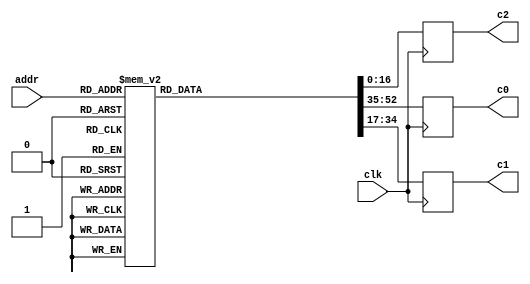

module gng_coef (
    // System signals
    input clk,                    // system clock

    // Data interface
    input [7:0] addr,             // read address
    output reg [17:0] c0,         // coefficient c0, u<18,14>
    output reg [17:0] c1,         // coefficient c1, s<18,19>
    output reg [16:0] c2          // coefficient c2, u<17,23>
);

// Local variables
reg [52:0] d;    // {c0, c1, c2}


// Table
always @ (*) begin
    case (addr)
        8'd0  : d = 53'b000010101100101001_100110111110001110_10100011110000000;
        8'd1  : d = 53'b000001111101000111_101001011111011001_01011111011110011;
        8'd2  : d = 53'b000001010001100100_101010111101101110_00110010101000000;
        8'd3  : d = 53'b000000101000010001_101011101111111001_00001111111010011;
        8'd4  : d = 53'b000100100110011110_101100101100100010_10101101110011100;
        8'd5  : d = 53'b000100000010100011_101111010111110111_01110101000001100;
        8'd6  : d = 53'b000011100011000111_110001001011101011_01010011011010011;
        8'd7  : d = 53'b000011000110110001_110010011110011100_00111101101011001;
        8'd8  : d = 53'b000110001000101110_101111110110101010_10100011001000110;
        8'd9  : d = 53'b000101101010111101_110010010111100001_01101111010111011;
        8'd10 : d = 53'b000101010001011010_110100000101110001_01010000111111000;
        8'd11 : d = 53'b000100111010110110_110101010110001001_00111101100100011;
        8'd12 : d = 53'b000111011100110110_110001111001100101_10010111001100011;
        8'd13 : d = 53'b000111000010111111_110100001110101001_01100111010010101;
        8'd14 : d = 53'b000110101101000010_110101110100111010_01001011010000101;
        8'd15 : d = 53'b000110011001110111_110110111111100110_00111001011001010;
        8'd16 : d = 53'b001000100111011000_110011010110100101_10001100100110110;
        8'd17 : d = 53'b001000010000010000_110101100001001100_01011111111010010;
        8'd18 : d = 53'b000111111100110010_110111000000001000_01000101110011111;
        8'd19 : d = 53'b000111101011110111_111000000101011011_00110101001101001;
        8'd20 : d = 53'b001001101010111000_110100011100101111_10000011100100011;
        8'd21 : d = 53'b001001010101110100_110110011110011100_01011001100101001;
        8'd22 : d = 53'b001001000100001010_110111110111000110_01000001000110100;
        8'd23 : d = 53'b001000110100111000_111000110111101101_00110001100011100;
        8'd24 : d = 53'b001010101000111110_110101010011111110_01111011110111110;
        8'd25 : d = 53'b001010010101100000_110111001110000100_01010100001100011;
        8'd26 : d = 53'b001010000101010000_111000100001011001_00111101000110010;
        8'd27 : d = 53'b001001110111001111_111001011110000001_00101110011100100;
        8'd28 : d = 53'b001011100010101101_110110000000110101_01110101010001000;
        8'd29 : d = 53'b001011010000100011_110111110100011001_01001111100101010;
        8'd30 : d = 53'b001011000001011011_111001000011001010_00111001101011010;
        8'd31 : d = 53'b001010110100011010_111001111100011001_00101011110010110;
        8'd32 : d = 53'b001100011000111001_110110100110001001_01101111100010101;
        8'd33 : d = 53'b001100000111110011_111000010100000101_01001011100110010;
        8'd34 : d = 53'b001011111001100110_111001011110111001_00110110101110100;
        8'd35 : d = 53'b001011101101011011_111010010101001100_00101001100000110;
        8'd36 : d = 53'b001101001100000100_110111000101110100_01101010100010001;
        8'd37 : d = 53'b001100111011111001_111000101110110010_01001000000111110;
        8'd38 : d = 53'b001100101110011110_111001110110001010_00110100001010001;
        8'd39 : d = 53'b001100100010111110_111010101001111011_00100111100001111;
        8'd40 : d = 53'b001101111100101100_110111100001000101_01100110000110111;
        8'd41 : d = 53'b001101101101010011_111001000101101101_01000101000011110;
        8'd42 : d = 53'b001101100000100011_111010001010000011_00110001111001101;
        8'd43 : d = 53'b001101010101101000_111010111011100011_00100101110010101;
        8'd44 : d = 53'b001110101011000101_110111111000111001_01100010001010110;
        8'd45 : d = 53'b001110011100011000_111001011001101000_01000010010101101;
        8'd46 : d = 53'b001110010000001101_111010011011010001_00101111111001101;
        8'd47 : d = 53'b001110000101110011_111011001010110011_00100100010000001;
        8'd48 : d = 53'b001111010111100001_111000001101111010_01011110101000100;
        8'd49 : d = 53'b001111001001011011_111001101011001001_00111111111001110;
        8'd50 : d = 53'b001110111101110000_111010101010011000_00101110000111001;
        8'd51 : d = 53'b001110110011110011_111011011000001000_00100010111000010;
        8'd52 : d = 53'b010000000010001111_111000100000100111_01011011011100010;
        8'd53 : d = 53'b001111110100101011_111001111010101101_00111101101101001;
        8'd54 : d = 53'b001111101001011101_111010110111110001_00101100100000001;
        8'd55 : d = 53'b001111011111111001_111011100011111010_00100001101001010;
        8'd56 : d = 53'b010000101011011010_111000110001011010_01011000100010101;
        8'd57 : d = 53'b010000011110010100_111010001000101001_00111011101101101;
        8'd58 : d = 53'b010000010011100000_111011000011101110_00101011000010110;
        8'd59 : d = 53'b010000001010010010_111011101110011011_00100000100001110;
        8'd60 : d = 53'b010001010011001011_111001000000100110_01010101111001000;
        8'd61 : d = 53'b010001000110100001_111010010101001110_00111001111001011;
        8'd62 : d = 53'b010000111100000101_111011001110100000_00101001101101110;
        8'd63 : d = 53'b010000110011001011_111011110111111001_00011111100000110;
        8'd64 : d = 53'b010001111001101011_111001001110011010_01010011011101011;
        8'd65 : d = 53'b010001101101011010_111010100000101000_00111000001110110;
        8'd66 : d = 53'b010001100011010011_111011011000010001_00101000011111111;
        8'd67 : d = 53'b010001011010101100_111100000000011100_00011110100101010;
        8'd68 : d = 53'b010010011111000010_111001011011000010_01010001001101111;
        8'd69 : d = 53'b010010010011001000_111010101011000011_00110110101100101;
        8'd70 : d = 53'b010010001001010100_111011100001001011_00100111011000011;
        8'd71 : d = 53'b010010000000111110_111100001000001111_00011101101110101;
        8'd72 : d = 53'b010011000011010100_111001100110101010_01001111001001001;
        8'd73 : d = 53'b010010110111110000_111010110100101000_00110101010001111;
        8'd74 : d = 53'b010010101110001110_111011101001010101_00100110010110010;
        8'd75 : d = 53'b010010100110000111_111100001111011000_00011100111100001;
        8'd76 : d = 53'b010011100110101001_111001110001011000_01001101001101110;
        8'd77 : d = 53'b010011011011011000_111010111101011100_00110011111101110;
        8'd78 : d = 53'b010011010010000110_111011110000110110_00100101011000111;
        8'd79 : d = 53'b010011001010001101_111100010101111100_00011100001101100;
        8'd80 : d = 53'b010100001001000100_111001111011010100_01001011011010110;
        8'd81 : d = 53'b010011111110000101_111011000101100111_00110010101111010;
        8'd82 : d = 53'b010011110101000010_111011110111110011_00100100011111111;
        8'd83 : d = 53'b010011101101010110_111100011100000001_00011011100010000;
        8'd84 : d = 53'b010100101010101001_111010000100100011_01001001101111010;
        8'd85 : d = 53'b010100011111111011_111011001101001100_00110001100110000;
        8'd86 : d = 53'b010100010111000110_111011111110010000_00100011101010101;
        8'd87 : d = 53'b010100001111100110_111100100001101001_00011010111001100;
        8'd88 : d = 53'b010101001011011100_111010001101001011_01001000001010100;
        8'd89 : d = 53'b010101000000111110_111011010100010000_00110000100001100;
        8'd90 : d = 53'b010100111000010110_111100000100010001_00100010111000110;
        8'd91 : d = 53'b010100110001000001_111100100110111000_00011010010011100;
        8'd92 : d = 53'b010101101011100000_111010010101001111_01000110101011110;
        8'd93 : d = 53'b010101100001010001_111011011010111000_00101111100001000;
        8'd94 : d = 53'b010101011000110110_111100001001111000_00100010001010000;
        8'd95 : d = 53'b010101010001101011_111100101011110001_00011001110000000;
        8'd96 : d = 53'b010110001010111001_111010011100110100_01000101010010101;
        8'd97 : d = 53'b010110000000110111_111011100001000100_00101110100100011;
        8'd98 : d = 53'b010101111000101000_111100001111001001_00100001011110000;
        8'd99 : d = 53'b010101110001100111_111100110000010110_00011001001110100;
        8'd100: d = 53'b010110101001101001_111010100011111100_01000011111110011;
        8'd101: d = 53'b010110011111110100_111011100110111001_00101101101011001;
        8'd102: d = 53'b010110010111101111_111100010100000101_00100000110100100;
        8'd103: d = 53'b010110010000111000_111100110100101001_00011000101111000;
        8'd104: d = 53'b010111000111110010_111010101010101010_01000010101110101;
        8'd105: d = 53'b010110111110001010_111011101100011001_00101100110101000;
        8'd106: d = 53'b010110110110001111_111100011000101111_00100000001101010;
        8'd107: d = 53'b010110101111100000_111100111000101100_00011000010001010;
        8'd108: d = 53'b010111100101010111_111010110001000000_01000001100011001;
        8'd109: d = 53'b010111011011111010_111011110001100101_00101100000001110;
        8'd110: d = 53'b010111010100001000_111100011101001000_00011111101000001;
        8'd111: d = 53'b010111001101100010_111100111100100000_00010111110101000;
        8'd112: d = 53'b011000000010011001_111010110111000001_01000000011011011;
        8'd113: d = 53'b010111111001000111_111011110110011111_00101011010001001;
        8'd114: d = 53'b010111110001011110_111100100001010011_00011111000100111;
        8'd115: d = 53'b010111101011000000_111101000000000111_00010111011010010;
        8'd116: d = 53'b011000011110111010_111010111100101110_00111111010111001;
        8'd117: d = 53'b011000010101110010_111011111011001001_00101010100010111;
        8'd118: d = 53'b011000001110010011_111100100101001111_00011110100011011;
        8'd119: d = 53'b011000000111111011_111101000011100010_00010111000000111;
        8'd120: d = 53'b011000111010111100_111011000010001010_00111110010110001;
        8'd121: d = 53'b011000110001111110_111011111111100100_00101001110110111;
        8'd122: d = 53'b011000101010100111_111100101000111110_00011110000011100;
        8'd123: d = 53'b011000100100010110_111101000110110010_00010110101000110;
        8'd124: d = 53'b011001010110100001_111011000111010100_00111101011000001;
        8'd125: d = 53'b011001001101101100_111100000011110001_00101001001100110;
        8'd126: d = 53'b011001000110011100_111100101100100010_00011101100101001;
        8'd127: d = 53'b011001000000010011_111101001001111000_00010110010001110;
        8'd128: d = 53'b011001110001101001_111011001100001111_00111100011100111;
        8'd129: d = 53'b011001101000111101_111100000111110010_00101000100100101;
        8'd130: d = 53'b011001100001110101_111100101111111011_00011101001000001;
        8'd131: d = 53'b011001011011110010_111101001100110100_00010101111011110;
        8'd132: d = 53'b011010001100010110_111011010000111100_00111011100100001;
        8'd133: d = 53'b011010000011110011_111100001011100111_00100111111110010;
        8'd134: d = 53'b011001111100110010_111100110011001001_00011100101100011;
        8'd135: d = 53'b011001110110110101_111101001111100111_00010101100110101;
        8'd136: d = 53'b011010100110101010_111011010101011011_00111010101101111;
        8'd137: d = 53'b011010011110001111_111100001111010001_00100111011001101;
        8'd138: d = 53'b011010010111010101_111100110110001111_00011100010001111;
        8'd139: d = 53'b011010010001011101_111101010010010010_00010101010010101;
        8'd140: d = 53'b011011000000100101_111011011001101110_00111001111001110;
        8'd141: d = 53'b011010111000010010_111100010010110001_00100110110110011;
        8'd142: d = 53'b011010110001011110_111100111001001100_00011011111000011;
        8'd143: d = 53'b011010101011101100_111101010100110110_00010100111111010;
        8'd144: d = 53'b011011011010001001_111011011101110110_00111001000111110;
        8'd145: d = 53'b011011010001111101_111100010110000111_00100110010100100;
        8'd146: d = 53'b011011001011001111_111100111100000001_00011011100000000;
        8'd147: d = 53'b011011000101100010_111101010111010011_00010100101100111;
        8'd148: d = 53'b011011110011010110_111011100001110011_00111000010111101;
        8'd149: d = 53'b011011101011010001_111100011001010101_00100101110100000;
        8'd150: d = 53'b011011100100101001_111100111110101111_00011011001000100;
        8'd151: d = 53'b011011011111000010_111101011001101010_00010100011011000;
        8'd152: d = 53'b011100001100001101_111011100101100111_00110111101001100;
        8'd153: d = 53'b011100000100001111_111100011100011011_00100101010100110;
        8'd154: d = 53'b011011111101101101_111101000001010110_00011010110001111;
        8'd155: d = 53'b011011111000001010_111101011011111010_00010100001010000;
        8'd156: d = 53'b011100100100110000_111011101001010001_00110110111100111;
        8'd157: d = 53'b011100011100111000_111100011111011001_00100100110110110;
        8'd158: d = 53'b011100010110011100_111101000011110110_00011010011100010;
        8'd159: d = 53'b011100010000111110_111101011110000101_00010011111001101;
        8'd160: d = 53'b011100111100111110_111011101100110010_00110110010010000;
        8'd161: d = 53'b011100110101001101_111100100010001111_00100100011001110;
        8'd162: d = 53'b011100101110110110_111101000110010000_00011010000111010;
        8'd163: d = 53'b011100101001011100_111101100000001010_00010011101001110;
        8'd164: d = 53'b011101010100111001_111011110000001011_00110101101000101;
        8'd165: d = 53'b011101001101001110_111100100101000000_00100011111101110;
        8'd166: d = 53'b011101000110111100_111101001000100101_00011001110011001;
        8'd167: d = 53'b011101000001100111_111101100010001010_00010011011010100;
        8'd168: d = 53'b011101101100100001_111011110011011100_00110101000000101;
        8'd169: d = 53'b011101100100111101_111100100111101001_00100011100010111;
        8'd170: d = 53'b011101011110101111_111101001010110100_00011001011111101;
        8'd171: d = 53'b011101011001011110_111101100100000110_00010011001011110;
        8'd172: d = 53'b011110000011111000_111011110110100110_00110100011010000;
        8'd173: d = 53'b011101111100011001_111100101010001101_00100011001000110;
        8'd174: d = 53'b011101110110010000_111101001100111110_00011001001100111;
        8'd175: d = 53'b011101110001000011_111101100101111110_00010010111101101;
        8'd176: d = 53'b011110011010111101_111011111001101001_00110011110100110;
        8'd177: d = 53'b011110010011100100_111100101100101011_00100010101111100;
        8'd178: d = 53'b011110001101011111_111101001111000011_00011000111010110;
        8'd179: d = 53'b011110001000010110_111101100111110001_00010010101111111;
        8'd180: d = 53'b011110110001110001_111011111100100101_00110011010000101;
        8'd181: d = 53'b011110101010011101_111100101111000100_00100010010111001;
        8'd182: d = 53'b011110100100011101_111101010001000100_00011000101001001;
        8'd183: d = 53'b011110011111011000_111101101001100000_00010010100010100;
        8'd184: d = 53'b011111001000010110_111011111111011011_00110010101101101;
        8'd185: d = 53'b011111000001000111_111100110001011000_00100001111111101;
        8'd186: d = 53'b011110111011001011_111101010011000000_00011000011000001;
        8'd187: d = 53'b011110110110001001_111101101011001100_00010010010101110;
        8'd188: d = 53'b011111011110101010_111100000010001100_00110010001011110;
        8'd189: d = 53'b011111010111100000_111100110011100111_00100001101000110;
        8'd190: d = 53'b011111010001101001_111101010100111001_00011000000111101;
        8'd191: d = 53'b011111001100101010_111101101100110100_00010010001001010;
        8'd192: d = 53'b011111110100101111_111100000100110111_00110001101011000;
        8'd193: d = 53'b011111101101101010_111100110101110010_00100001010010101;
        8'd194: d = 53'b011111100111110111_111101010110101101_00010111110111110;
        8'd195: d = 53'b011111100010111100_111101101110011001_00010001111101010;
        8'd196: d = 53'b100000001010100110_111100000111011101_00110001001011010;
        8'd197: d = 53'b100000000011100101_111100110111111000_00100000111101010;
        8'd198: d = 53'b011111111101110110_111101011000011110_00010111101000010;
        8'd199: d = 53'b011111111000111110_111101101111111010_00010001110001100;
        8'd200: d = 53'b100000100000001110_111100001001111101_00110000101100101;
        8'd201: d = 53'b100000011001010010_111100111001111010_00100000101000100;
        8'd202: d = 53'b100000010011100110_111101011010001100_00010111011001011;
        8'd203: d = 53'b100000001110110010_111101110001011001_00010001100110010;
        8'd204: d = 53'b100000110101101001_111100001100011001_00110000001111001;
        8'd205: d = 53'b100000101110110001_111100111011111000_00100000010100101;
        8'd206: d = 53'b100000101001001001_111101011011110110_00010111001011000;
        8'd207: d = 53'b100000100100011000_111101110010110101_00010001011011011;
        8'd208: d = 53'b100001001010110110_111100001110110000_00101111110011010;
        8'd209: d = 53'b100001000100000010_111100111101110011_00100000000001101;
        8'd210: d = 53'b100000111110011110_111101011101011101_00010110111101010;
        8'd211: d = 53'b100000111001101111_111101110100001110_00010001010001000;
        8'd212: d = 53'b100001011111110110_111100010001000010_00101111011001100;
        8'd213: d = 53'b100001011001000111_111100111111101001_00011111101111111;
        8'd214: d = 53'b100001010011100101_111101011111000001_00010110110000010;
        8'd215: d = 53'b100001001110111010_111101110101100100_00010001000111001;
        8'd216: d = 53'b100001110100101001_111100010011001110_00101111000011000;
        8'd217: d = 53'b100001101101111110_111101000001011100_00011111100000001;
        8'd218: d = 53'b100001101000100000_111101100000100010_00010110100100101;
        8'd219: d = 53'b100001100011110111_111101110110111000_00010000111110001;
        8'd220: d = 53'b100010001001010000_111100010101010100_00101110110010010;
        8'd221: d = 53'b100010000010101001_111101000011001010_00011111010011101;
        8'd222: d = 53'b100001111101001110_111101100001111111_00010110011011000;
        8'd223: d = 53'b100001111000101000_111101111000001001_00010000110110100;
        8'd224: d = 53'b100010011101101011_111100010111010010_00101110101100100;
        8'd225: d = 53'b100010010111000111_111101000100110010_00011111001101001;
        8'd226: d = 53'b100010010001110000_111101100011011000_00010110010101000;
        8'd227: d = 53'b100010001101001101_111101111001010110_00010000110001010;
        8'd228: d = 53'b100010110001111010_111100011001000101_00101110111011101;
        8'd229: d = 53'b100010101011011010_111101000110010011_00011111010010001;
        8'd230: d = 53'b100010100110000110_111101100100101100_00010110010110000;
        8'd231: d = 53'b100010100001100101_111101111010100000_00010000110000101;
        8'd232: d = 53'b100011000101111110_111100011010100111_00101111110100001;
        8'd233: d = 53'b100010111111100010_111101000111101011_00011111101101110;
        8'd234: d = 53'b100010111010010000_111101100101111001_00010110100100111;
        8'd235: d = 53'b100010110101110010_111101111011100101_00010000111001000;
        8'd236: d = 53'b100011011001110111_111100101000100000_00000000000000000;
        8'd237: d = 53'b100011010011011110_111101010001001010_00000000000000000;
        8'd238: d = 53'b100011001110010000_111101101100110110_00000000000000000;
        8'd239: d = 53'b100011001001110100_111110000000111011_00000000000000000;
        8'd240: d = 53'b100011101101100101_000000000000000000_00000000000000000;
        8'd241: d = 53'b100011100111010000_000000000000000000_00000000000000000;
        8'd242: d = 53'b100011100010000100_000000000000000000_00000000000000000;
        8'd243: d = 53'b100011011101101011_000000000000000000_00000000000000000;
        8'd244: d = 53'b100100100111110000_000000000000000000_00000000000000000;
        8'd245: d = 53'b100100010100100001_000000000000000000_00000000000000000;
        8'd246: d = 53'b100100000001001000_000000000000000000_00000000000000000;
        8'd247: d = 53'b100011110101101101_000000000000000000_00000000000000000;
        default: d = 53'd0;
    endcase
end


// Output data
always @ (posedge clk) begin
    c0 <= d[52:35];
    c1 <= d[34:17];
    c2 <= d[16:0];
end


endmodule